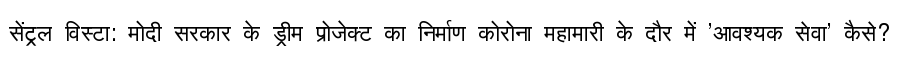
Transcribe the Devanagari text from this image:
सेंट्रल विस्टा: मोदी सरकार के ड्रीम प्रोजेक्ट का निर्माण कोरोना महामारी के दौर में 'आवश्यक सेवा' कैसे?